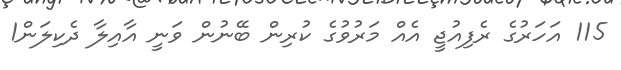
115 އަހަރުގެ ރެފިއުޖީ އެއް މަރުވުުގެ ކުރިން ބޭނުން ވަނީ އާއިލާ ދެކިލަން1